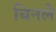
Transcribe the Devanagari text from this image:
चिनले